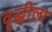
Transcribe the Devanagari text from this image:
वृद्धीला